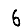
Digit: 6